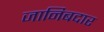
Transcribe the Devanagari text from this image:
जानिबदार